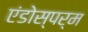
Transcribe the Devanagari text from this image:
एंडोस्पर्म